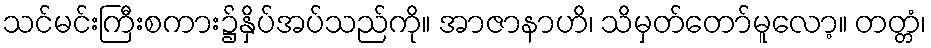
သင်မင်းကြီးစကား၌နှိပ်အပ်သည်ကို။ အာဇာနာဟိ၊ သိမှတ်တော်မူလော့။ တတ္တံ၊